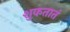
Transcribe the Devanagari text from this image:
शुकतातं